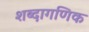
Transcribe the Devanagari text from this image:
शब्दागणिक